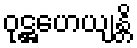
ဝုဋ္ဌဟေယျန္တိ